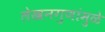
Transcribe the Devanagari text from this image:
लेखनगुणांमुळे